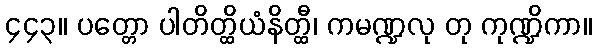
၄၄၃။ ပတ္တော ပါတိတ္ထိယံနိတ္ထီ၊ ကမဏ္ဍလု တု ကုဏ္ဍိကာ။